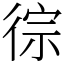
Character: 徖